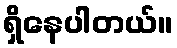
ရှိနေပါတယ်။